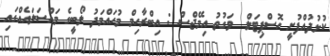
ކުޅުދުއްފުށީ ހޮސްޕިޓަލް  ވަގުތު އިމޭޖްސް : އިބްރާހިމް މުހައްމަދު ލޯބީގެ މައްސަލައެއްގައި